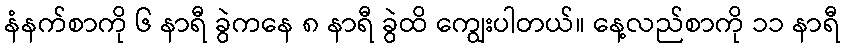
နံနက်စာကို ၆ နာရီ ခွဲကနေ ၈ နာရီ ခွဲထိ ကျွေးပါတယ်။ နေ့လည်စာကို ၁၁ နာရီ